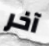
آخر